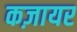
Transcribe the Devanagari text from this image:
कज़ायर